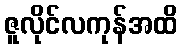
ဇူလိုင်လကုန်အထိ